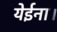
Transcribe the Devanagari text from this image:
येईना।